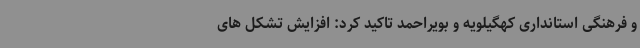
و فرهنگی استانداری کهگیلویه و بویراحمد تاکید کرد: افزایش تشکل های